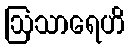
ဩသာရေဟိ